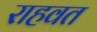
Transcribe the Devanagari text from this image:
राहवत